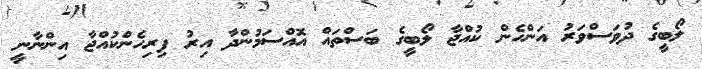
ލޯބީގެ ދުވަސްވަރު އަންހެން ކުއްޖާ ލޯބީގެ ބަސްތައް އޮއްސަމުންދާ އިރު ފިރިހެންކުއްޖާ އިންނާނީ